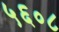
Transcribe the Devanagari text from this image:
५६०८